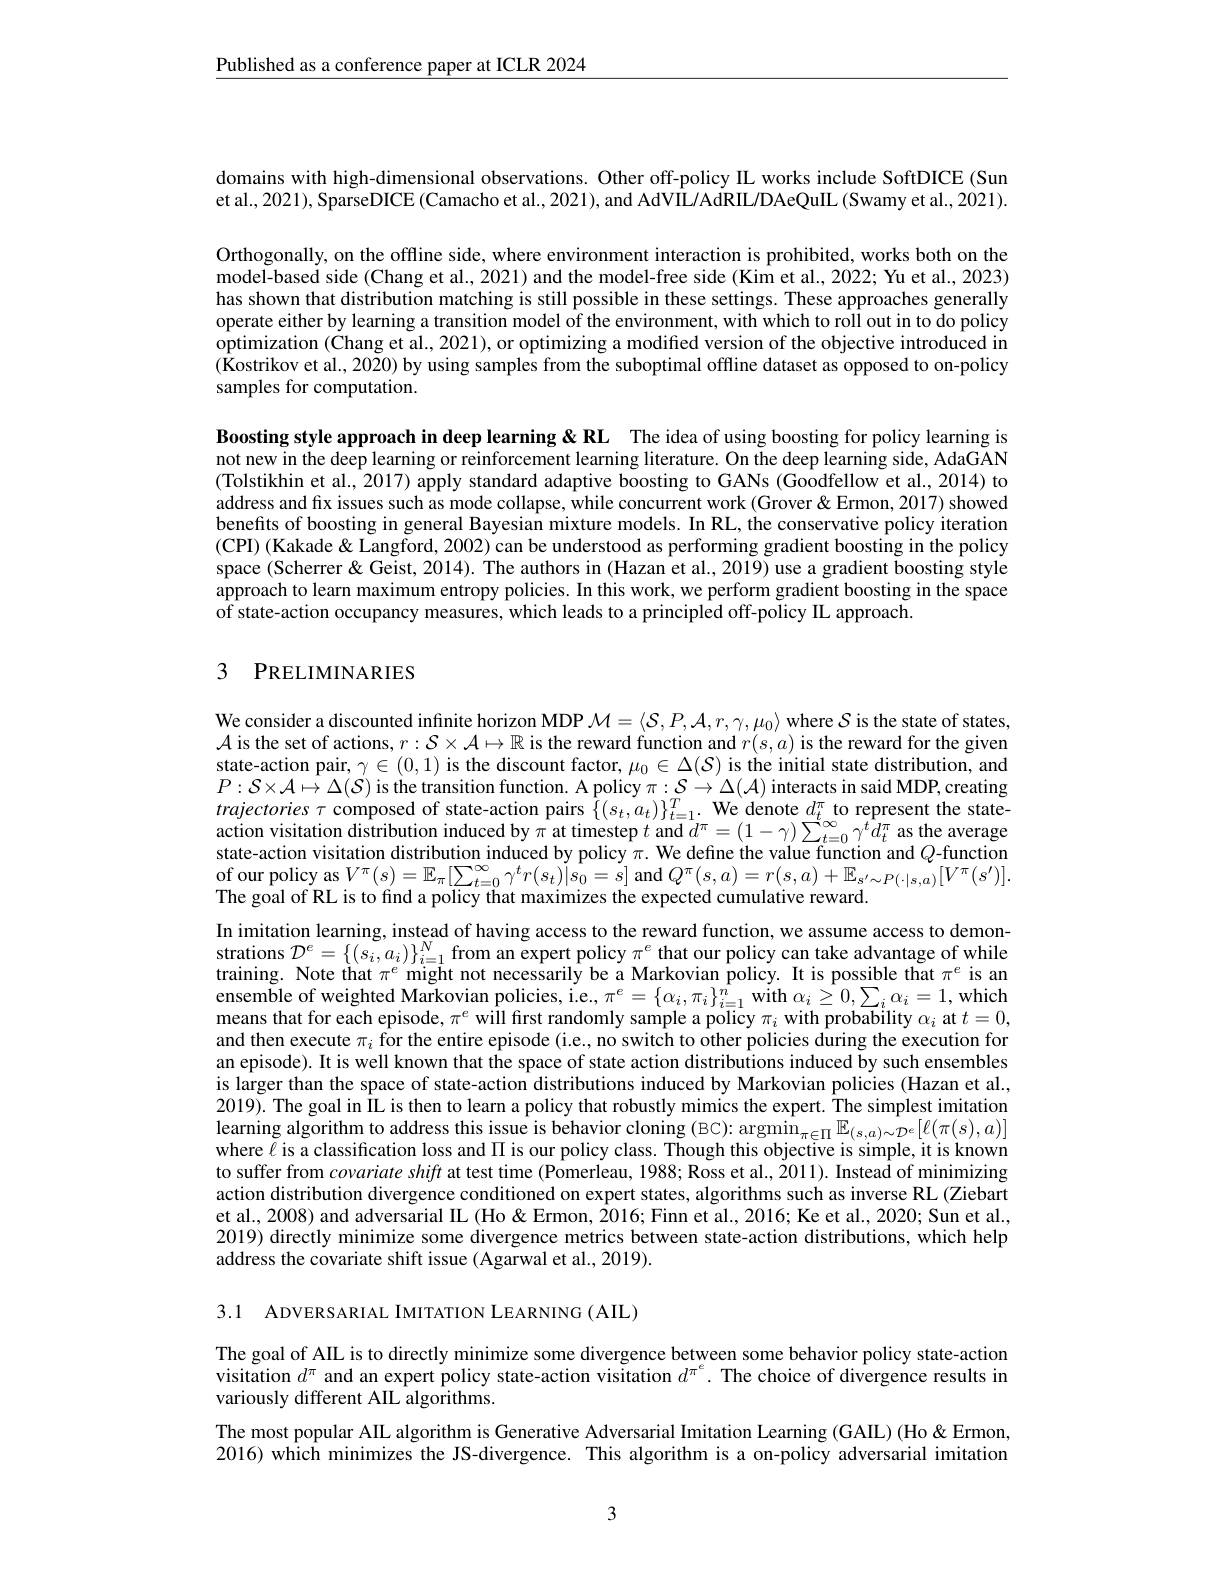
$\underline{\text{Published as a conference paper at ICLR 2024}}$

domains with high-dimensional observations. Other off-policy IL works include SoftDICE (Sun et al., 2021), SparseDICE (Camacho et al., 2021), and AdVIIL/AdRIL/DAeQuIL (Swamy et al., 2021).

Orthogonally, on the offline side, where environment interaction is prohibited, works both on the model-based side (Chang et al., 2021) and the model-free side (Kim et al., 2022; Yu et al., 2023) has shown that distribution matching is still possible in these settings. These approaches generally operate either by learning a transition model of the environment, with which to roll out in to do policy $\tilde{\text{optimization }(\text{Chang et al., 2021), or optimizing a modified version of the objective introduced in}}$ (Kostrikov et al., 2020) by using samples from the suboptimal offline dataset as opposed to on-policy samples for computation.

Boosting style approach in deep learning &RL The idea of using boosting for policy learning is not new in the deep learning or reinforcement learning literature. On the deep learning side, AdaGAN (Tolstikhin et al., 2017) apply standard adaptive boosting to GANs (Goodfellow et al., 2014) to address and fix issues such as mode collapse, while concurrent work (Grover & Ermon, 2017) showed benefits of boosting in general Bayesian mixture models. In RL, the conservative policy iteration (CPI) (Kakade& Langford, 2002) can be understood as performing gradient boosting in the policy space (Scherrer &Geist, 2014). The authors in (Hazan et al., 2019) use a gradient boosting style approach to learn maximum entropy policies. In this work, we perform gradient boosting in the space of state-action occupancy measures, which leads to a principled off-policy IL approach.

## 3 PRELIMINARIES

We consider a discounted infinite horizon MDP $\mathcal{M}=\langle\mathcal{S},P,\mathcal{A},r,\gamma,\mu_0\rangle$ where $\mathcal{S}$ is the state of states, $\mathcal{A}$ is the set of actions, $r:S\times\mathcal{A}\mapsto\mathbb{R}$ is the reward function and $r(s,a)$ is the reward for the given state-action pair, $\gamma\in(0,1)$ is the discount factor, $\mu_0\in\Delta(S)$ is the initial state distribution, and $P:\mathcal{S}\times\mathcal{A}\mapsto\Delta(\mathcal{S})$ is the transition function. A policy $\pi:\mathcal{S}\to\Delta(\mathcal{A})$ interacts in said MDP, creating $trajectories\tau$ composed of state-action pairs $\{(s_t,a_t)\}_{t=1}^T.$ We denote $d_t^\pi$ to represent the stateaction visitation distribution induced by $\pi$ at timestep $t$ and $d^\pi=(1-\gamma)\sum_{t=0}^{\infty}\gamma^td_t^\pi$ as the average state-action visitation distribution induced by policy $\pi.$ We define the value function and $Q$-function of our policy as$V^{\pi }( s) = \mathbb{E} _{\pi }[ \sum _{t= 0}^{\infty }\gamma ^{t}r( s_{t}) | s_{0}= s]$ and $Q^{\pi }( s, a) = r( s, a) + \mathbb{E} _{s^{\prime }\sim P( \cdot | s, a) }[ V^{\pi }( s^{\prime }) ] .$ Tba gal af DI is ta frad andivat thet therat d arwatd ard ard ard ard ard ard ard ard ard ard ard ard ard ard ard ar The goal of RL is to find a policy that maximizes the expected cumulative reward.
In imitation learning, instead of having access to the reward function, we assume access to demonstrations $\mathcal{D}^e=\{(s_i,a_i)\}_{i=1}^N$ from an expert policy $\pi^e$ that our policy can take advantage of while training. Note that $\pi^e$ might not necessarily be a Markovian policy. It is possible that $\pi^e$ is an ensemble of weighted Markovian policies, i.e., $\pi^e=\{\alpha_i,\pi_i\}_{i=1}^{\hat{n}}$ with $\alpha_i\geq0,\sum_i\alpha_i=1$,which means that for each episode, $\pi^e$ will fırst randomly sample a policy $\pi_i$ with probability $\alpha_i$ at $t=0$, and then execute $\pi_i$ for the entire episode (i.e., no switch to other policies during the execution for an episode). It is well known that the space of state action distributions induced by such ensembles is larger than the space of state-action distributions induced by Markovian policies (Hazan et al., 2019). The goal in IL is then to learn a policy that robustly mimics the expert. The simplest imitation learning algorithm to address this issue is behavior cloning (BC): argmin $\hat{\underset{\pi\in\Pi}{\operatorname*{E}}}_{(s,a)\sim\mathcal{D}^{\epsilon}}[\ell(\pi(s),a)]$ where $\ell$ is a classification loss and $\Pi$ is our policy class. Though this objective is simple, it is known to suffer from covariateshift at test time (Pomerleau, 1988; Ross et al., 2011). Instead of minimizing action distribution divergence conditioned on expert states, algorithms such as inverse RL (Ziebart et al., 2008) and adversarial IL (Ho & Ermon, $\hat{20}16;$ Finn et al., 2016; Ke et al., 2020; Sun et al., 2019) directly minimize some divergence metrics between state-action distributions, which help address the covariate shift issue (Agarwal et al., 2019).

3.1 ADVERSARIAL IMITATION LEARNING (AIL)

The goal of AIL is to directly minimize some divergence between some behavior policy state-action visitation $d^\pi$ and an expert policy state-action visitation $d^{\pi^e}.$ The choice of divergence results in variously different AIL algorithms.
The most popular AIL algorithm is Generative Adversarial Imitation Learning (GAIL) (Ho &Ermon, 2016) which minimizes the JS-divergence. This algorithm is a on-policy adversarial imitation

3